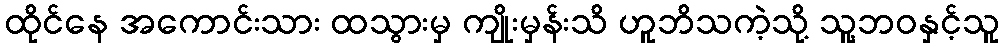
ထိုင်နေ အကောင်းသား ထသွားမှ ကျိုးမှန်းသိ ဟူဘိသကဲ့သို့ သူ့ဘဝနှင့်သူ